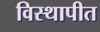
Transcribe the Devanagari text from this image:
विस्थापीत